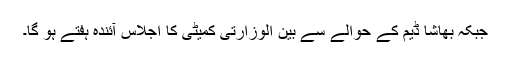
جبکہ بھاشا ڈیم کے حوالے سے بین الوزارتی کمیٹی کا اجلاس آئندہ ہفتے ہو گا۔